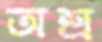
অশ্র